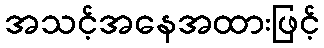
အသင့်အနေအထားဖြင့်